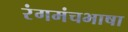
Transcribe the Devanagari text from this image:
रंगमंचभाषा